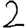
Digit: 2